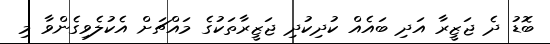
ބޮޑު ދެ ޖަޒީރާ އަދި ބައެއް ކުދިކުދި ޖަޒީރާތަކުގެ މައްޗަށް އެކުލެވިގެންވާ މި